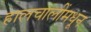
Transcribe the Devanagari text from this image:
हालचालींमधून